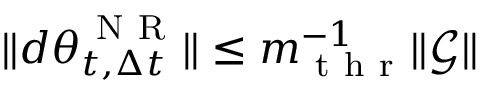
\lVert d { \boldsymbol { \theta } } _ { t , \Delta t } ^ { \mathrm { ~ N ~ R ~ } } \rVert \leq m _ { \mathrm { ~ t ~ h ~ r ~ } } ^ { - 1 } \lVert \boldsymbol { \mathcal { G } } \rVert